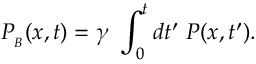
P _ { _ B } ( x , t ) = \gamma \ \int _ { 0 } ^ { t } d t ^ { \prime } \ P ( x , t ^ { \prime } ) .